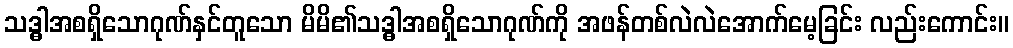
သဒ္ဓါအစရှိသောဂုဏ်နှင်တူသော မိမိ၏သဒ္ဓါအစရှိသောဂုဏ်ကို အဖန်တစ်လဲလဲအောက်မေ့ခြင်း လည်းကောင်း။